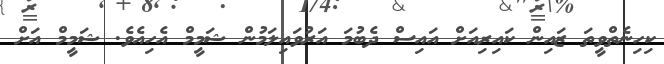
ކިހިނެތްވީތަ ޒައިން ކައިރިއަށް އައިސް ދެބުމަ އަރުވައިލަމުން ޝަމީމް އެހިއެވެ. ޝަމީމް އަށް